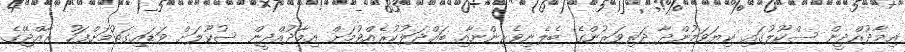
އިމާދުއްދީން ސްކޫލުގައި ކިޔަވަމުންދާ ދަރިވަރުންގެ ބެލެނިވެރިންނާއި ބައްދަލުކުރެއްވުމަށް އިމާދުއްދީން ސުކޫލަށް ވަޑައިގަތުމަށްފަހު ރާއްޖޭގެ